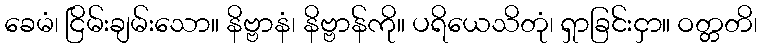
ခေမံ၊ ငြိမ်းချမ်းသော။ နိဗ္ဗာနံ၊ နိဗ္ဗာန်ကို။ ပရိယေသိတုံ၊ ရှာခြင်းငှာ။ ဝတ္တတိ၊